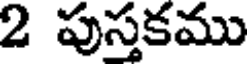
2 పుస్తకము